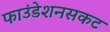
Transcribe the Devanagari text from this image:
फाउंडेशनसकट